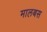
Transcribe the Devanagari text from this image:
मालबस